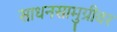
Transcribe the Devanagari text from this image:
साधनसामुग्रीवर